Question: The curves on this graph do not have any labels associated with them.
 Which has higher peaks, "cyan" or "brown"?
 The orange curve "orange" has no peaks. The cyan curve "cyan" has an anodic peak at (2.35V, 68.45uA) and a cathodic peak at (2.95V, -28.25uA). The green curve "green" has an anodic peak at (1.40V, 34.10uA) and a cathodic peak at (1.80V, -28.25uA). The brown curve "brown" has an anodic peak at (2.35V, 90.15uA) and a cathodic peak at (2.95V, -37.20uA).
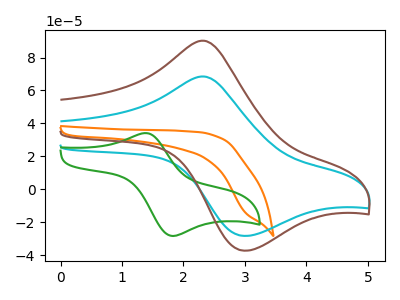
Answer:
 <answer>Every peak in "cyan" is lower than every peak in "brown".</answer>
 <eval>lower</eval>